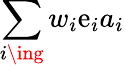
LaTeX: \sum_{i\ing}w_{i}\mathrm{e}_{i}a_{i}